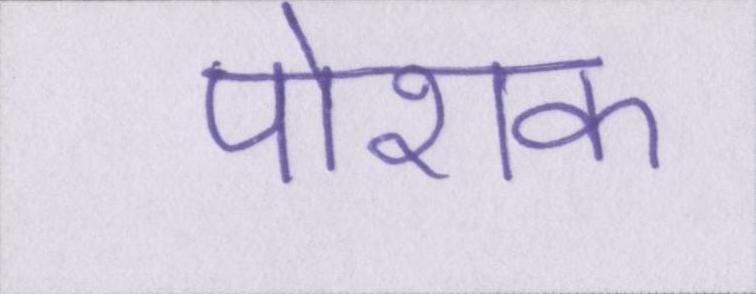
पोशक